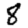
Digit: 8